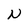
Character: N